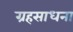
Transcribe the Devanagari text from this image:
ग्रहसाधना